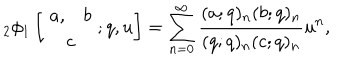
{ _ 2 } \phi _ { 1 } \left[ \begin{array} { c } { { \begin{array} { c c } { { a , } } & { { b } } \\ \end{array} } } \\ { { c } } \\ \end{array} ; q , u \right] = \sum _ { n = 0 } ^ { \infty } \frac { ( a ; q ) _ { n } ( b ; q ) _ { n } } { ( q ; q ) _ { n } ( c ; q ) _ { n } } u ^ { n } ,